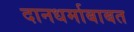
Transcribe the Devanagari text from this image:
दानधर्माबाबत